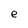
Character: e